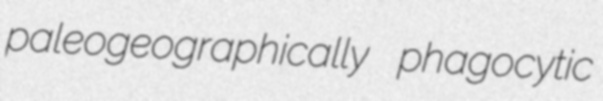
paleogeographically phagocytic